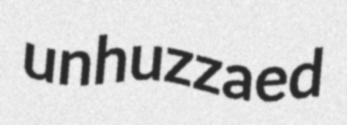
unhuzzaed